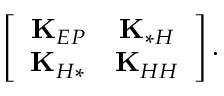
\left[ \begin{array} { c c } { \mathbf { K } _ { E P } } & { \mathbf { K } _ { * H } } \\ { \mathbf { K } _ { H * } } & { \mathbf { K } _ { H H } } \end{array} \right] .